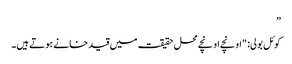
”
کوئل بولی: "اونچے اونچے محل حقیقت میں قید خانے ہوتے ہیں۔